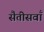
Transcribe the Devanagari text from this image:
सैतीसवाँ